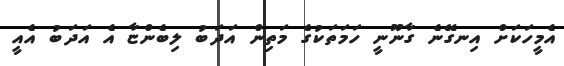
އެމީހަކަށް އިނގޭނެ ގާނޫނީ ހަމަތަކުގެ މަތިން އަދަބު ލިބެންޏާ އެ އަދަބު އެއީ